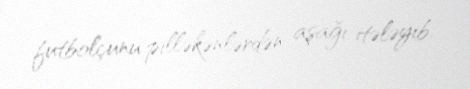
futbolçunu pilləkənlərdən aşağı itələyib.